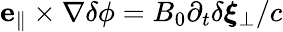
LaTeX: \mathbf{e}_{\parallel}\times\nabla\delta\phi=B_{0}\partial_{t}\delta\boldsymbol{\xi}_{\perp}/c